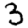
Digit: 3